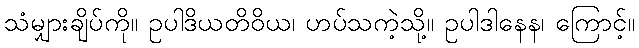
သံမျှားချိပ်ကို။ ဥပါဒိယတိဝိယ၊ ဟပ်သကဲ့သို့။ ဥပါဒါနေန၊ ကြောင့်။